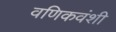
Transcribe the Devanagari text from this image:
वणिकवंशी